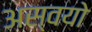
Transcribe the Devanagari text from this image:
अस्वयो